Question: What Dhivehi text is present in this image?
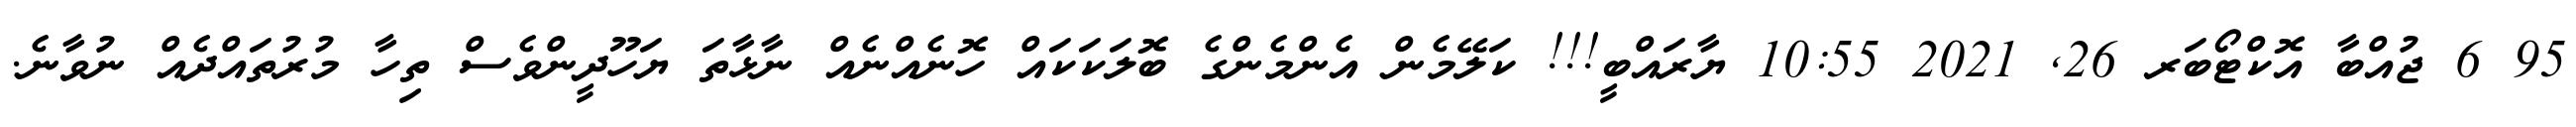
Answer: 95 6 ޖުއްބާ އޮކްޓޯބަރ 26, 2021 10:55 ޔާރައްބީ!!! ކަލޭމެން އެންމެންގެ ބޮލަކަކައް ހޮނެއްނެއް ނާޅާތަ ޔަހޫދީންވެސް ތިހާ މުރުތައްދެއް ނުވާނެ.